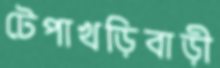
টেপাখড়িবাড়ী